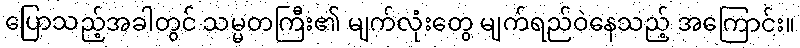
ပြောသည့်အခါတွင် သမ္မတကြီး၏ မျက်လုံးတွေ မျက်ရည်ဝဲနေသည့် အကြောင်း။